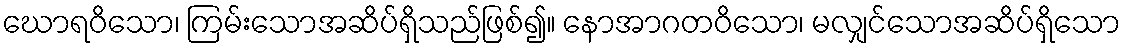
ဃောရဝိသော၊ ကြမ်းသောအဆိပ်ရှိသည်ဖြစ်၍။ နောအာဂတဝိသော၊ မလျှင်သောအဆိပ်ရှိသော